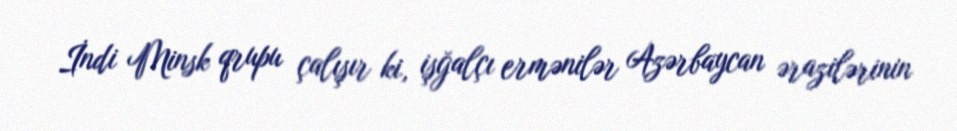
İndi Minsk qrupu çalışır ki, işğalçı ermənilər Azərbaycan ərazilərinin